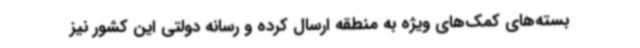
بسته‌های کمک‌های ویژه به منطقه ارسال کرده و رسانه دولتی این کشور نیز